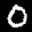
Label: 0